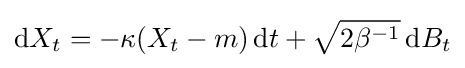
\mathrm {d} X_{t}=-\kappa (X_{t}-m)\,\mathrm {d} t+{\sqrt {2\beta ^{-1}}}\,\mathrm {d} B_{t}